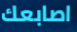
اصابعك